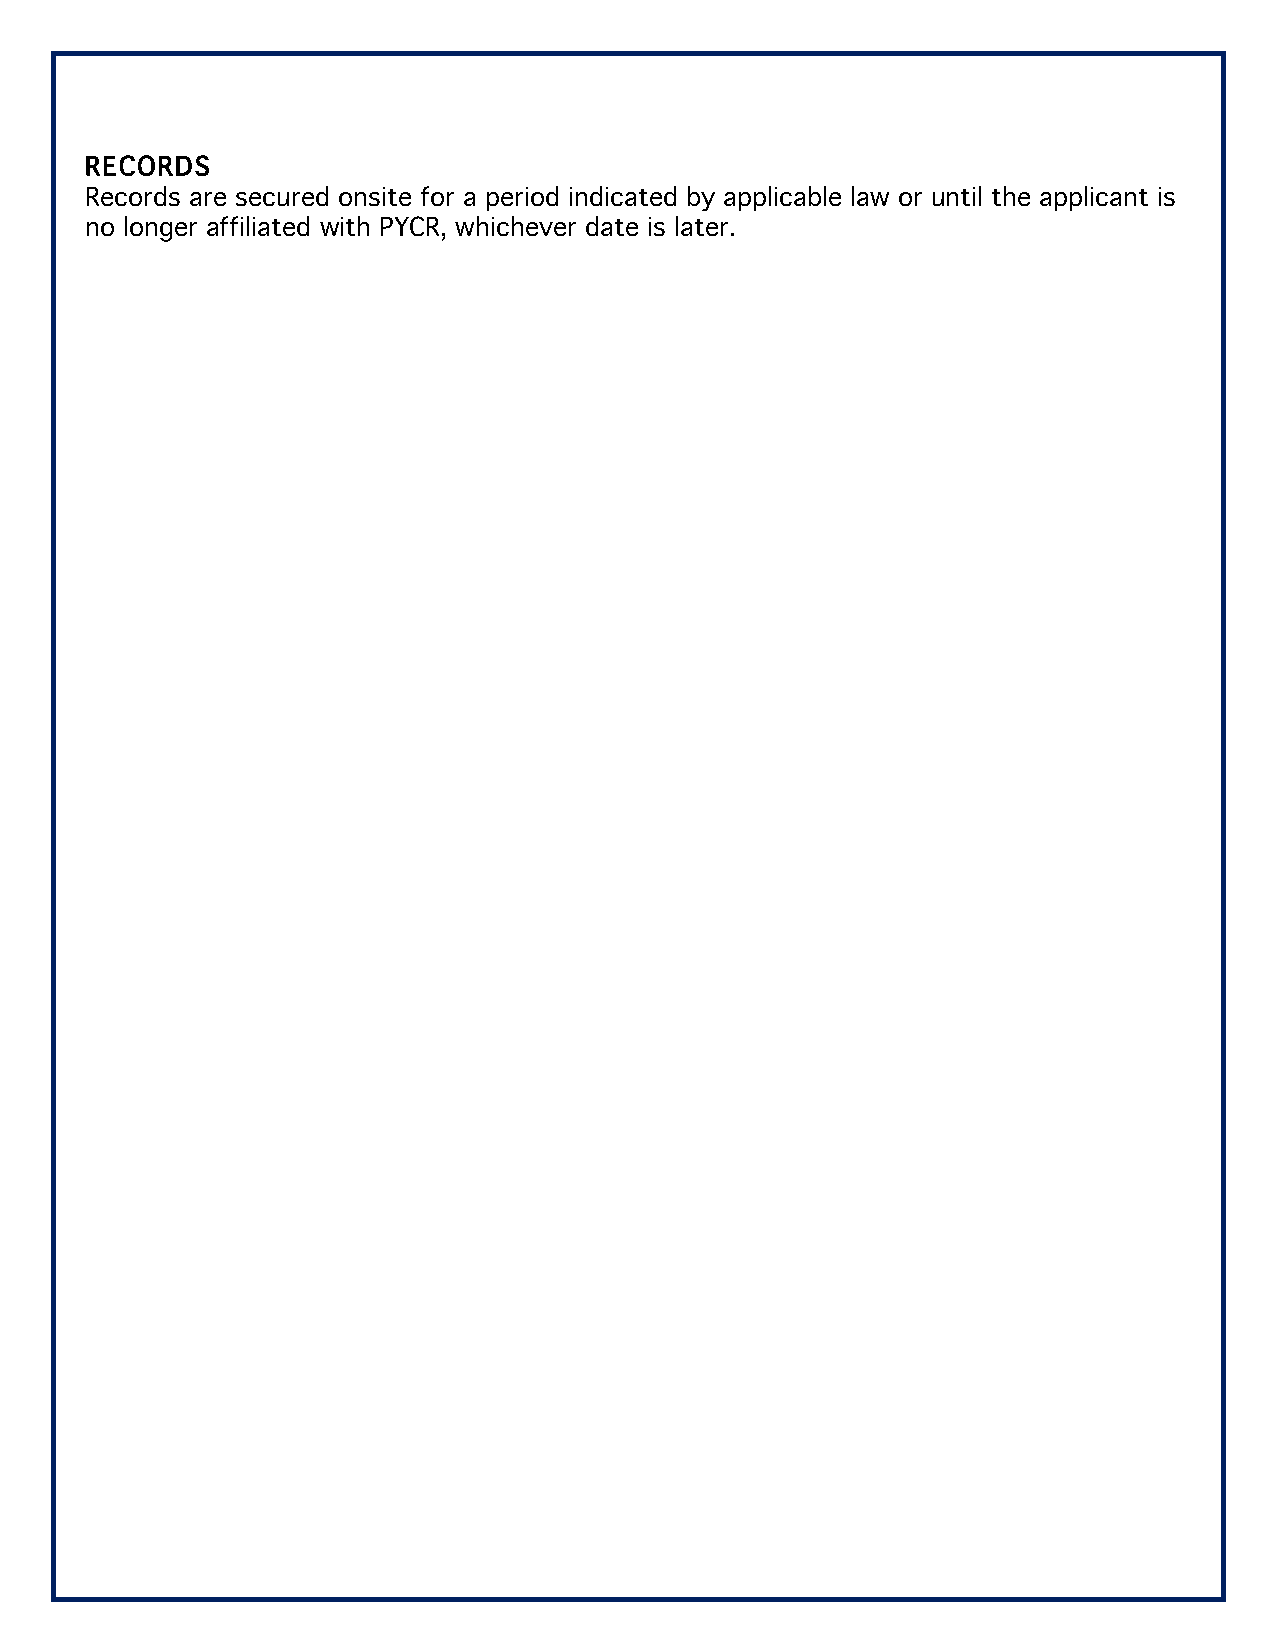
RECORDS
 Records are secured onsite for a period indicated by applicable law or until the applicant is
 no longer affiliated with PYCR, whichever date is later.